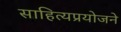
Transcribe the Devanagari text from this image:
साहित्यप्रयोजने